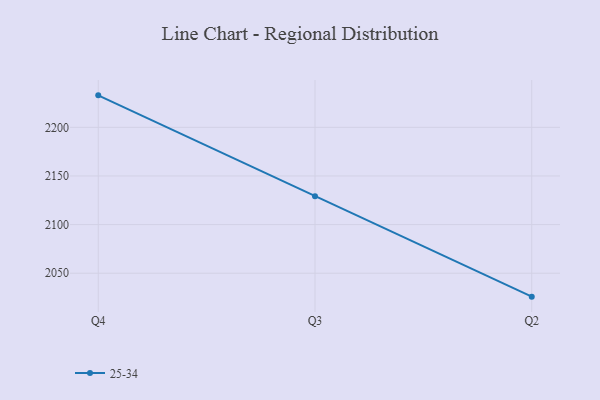
{"axis": {"x": "Quarter", "y": "Operating Costs (USD K)"}, "legend": ["25-34"], "data": [{"x": "Q4", "y": 2232.9, "type": "25-34"}, {"x": "Q3", "y": 2129.2, "type": "25-34"}, {"x": "Q2", "y": 2025.9, "type": "25-34"}]}